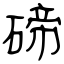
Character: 碲